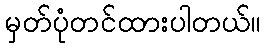
မှတ်ပုံတင်ထားပါတယ်။